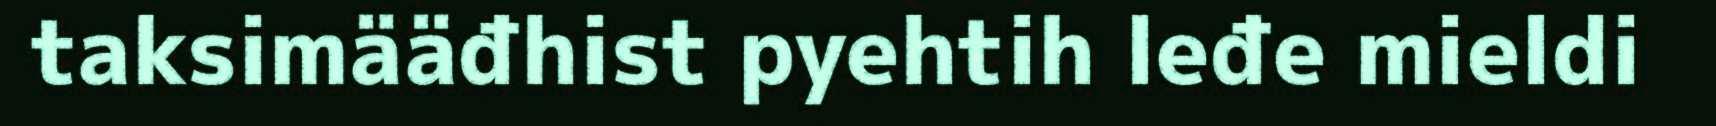
taksimääđhist pyehtih leđe mieldi